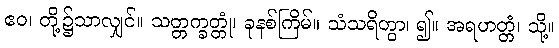
ဧဝ၊ တို့၌သာလျှင်။ သတ္တက္ခတ္တုံ၊ ခုနစ်ကြိမ်။ သံသရိတွာ၊ ၍။ အရဟတ္တံ၊ သို့။